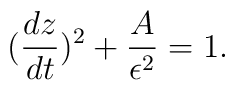
({dz \over dt})^{2} + {A \over \epsilon^{2}} = 1.